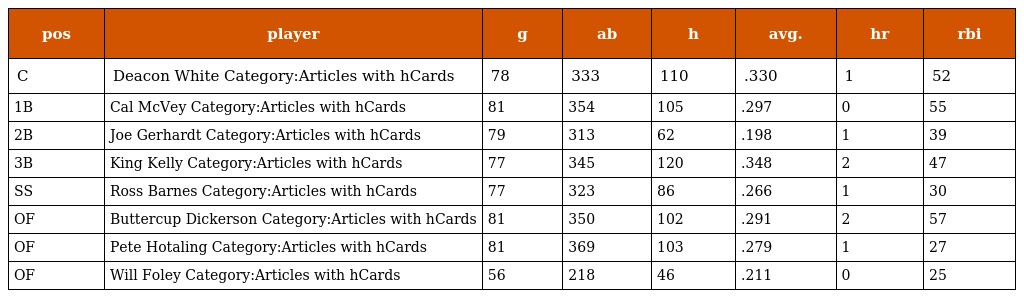
| pos | player | g | ab | h | avg. | hr | rbi |
 | --- | --- | --- | --- | --- | --- | --- | --- |
 | C | Deacon White Category:Articles with hCards | 78 | 333 | 110 | .330 | 1 | 52 |
 | 1B | Cal McVey Category:Articles with hCards | 81 | 354 | 105 | .297 | 0 | 55 |
 | 2B | Joe Gerhardt Category:Articles with hCards | 79 | 313 | 62 | .198 | 1 | 39 |
 | 3B | King Kelly Category:Articles with hCards | 77 | 345 | 120 | .348 | 2 | 47 |
 | SS | Ross Barnes Category:Articles with hCards | 77 | 323 | 86 | .266 | 1 | 30 |
 | OF | Buttercup Dickerson Category:Articles with hCards | 81 | 350 | 102 | .291 | 2 | 57 |
 | OF | Pete Hotaling Category:Articles with hCards | 81 | 369 | 103 | .279 | 1 | 27 |
 | OF | Will Foley Category:Articles with hCards | 56 | 218 | 46 | .211 | 0 | 25 |